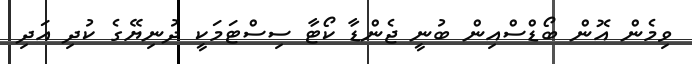
ވިމެން އޮން ބޯޑްސްއިން ބުނީ ޖެންޑާ ކޯޓާ ސިސްޓަމަކީ ދުނިޔޭގެ ކުދި އަދި